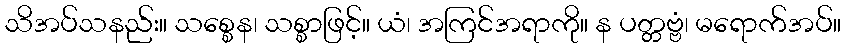
သိအပ်သနည်း။ သစ္စေန၊ သစ္စာဖြင့်။ ယံ၊ အကြင်အရာကို။ န ပတ္တဗ္ဗံ၊ မရောက်အပ်။